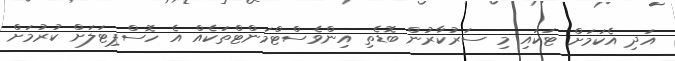
އަދި އެކަމަށް ޓަކައި މި ސަރުކާރުން ބޮޑެތި އިންވެސްޓްމަންޓްތަކެއް އެ ހޮސްޕިޓަލަށް ކުރުމަށް